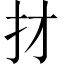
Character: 𢩱